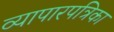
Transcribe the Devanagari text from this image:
व्यापारपत्रिका